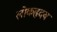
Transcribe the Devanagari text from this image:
लोकहृदय